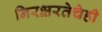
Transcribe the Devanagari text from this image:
निरक्षरतेचेही